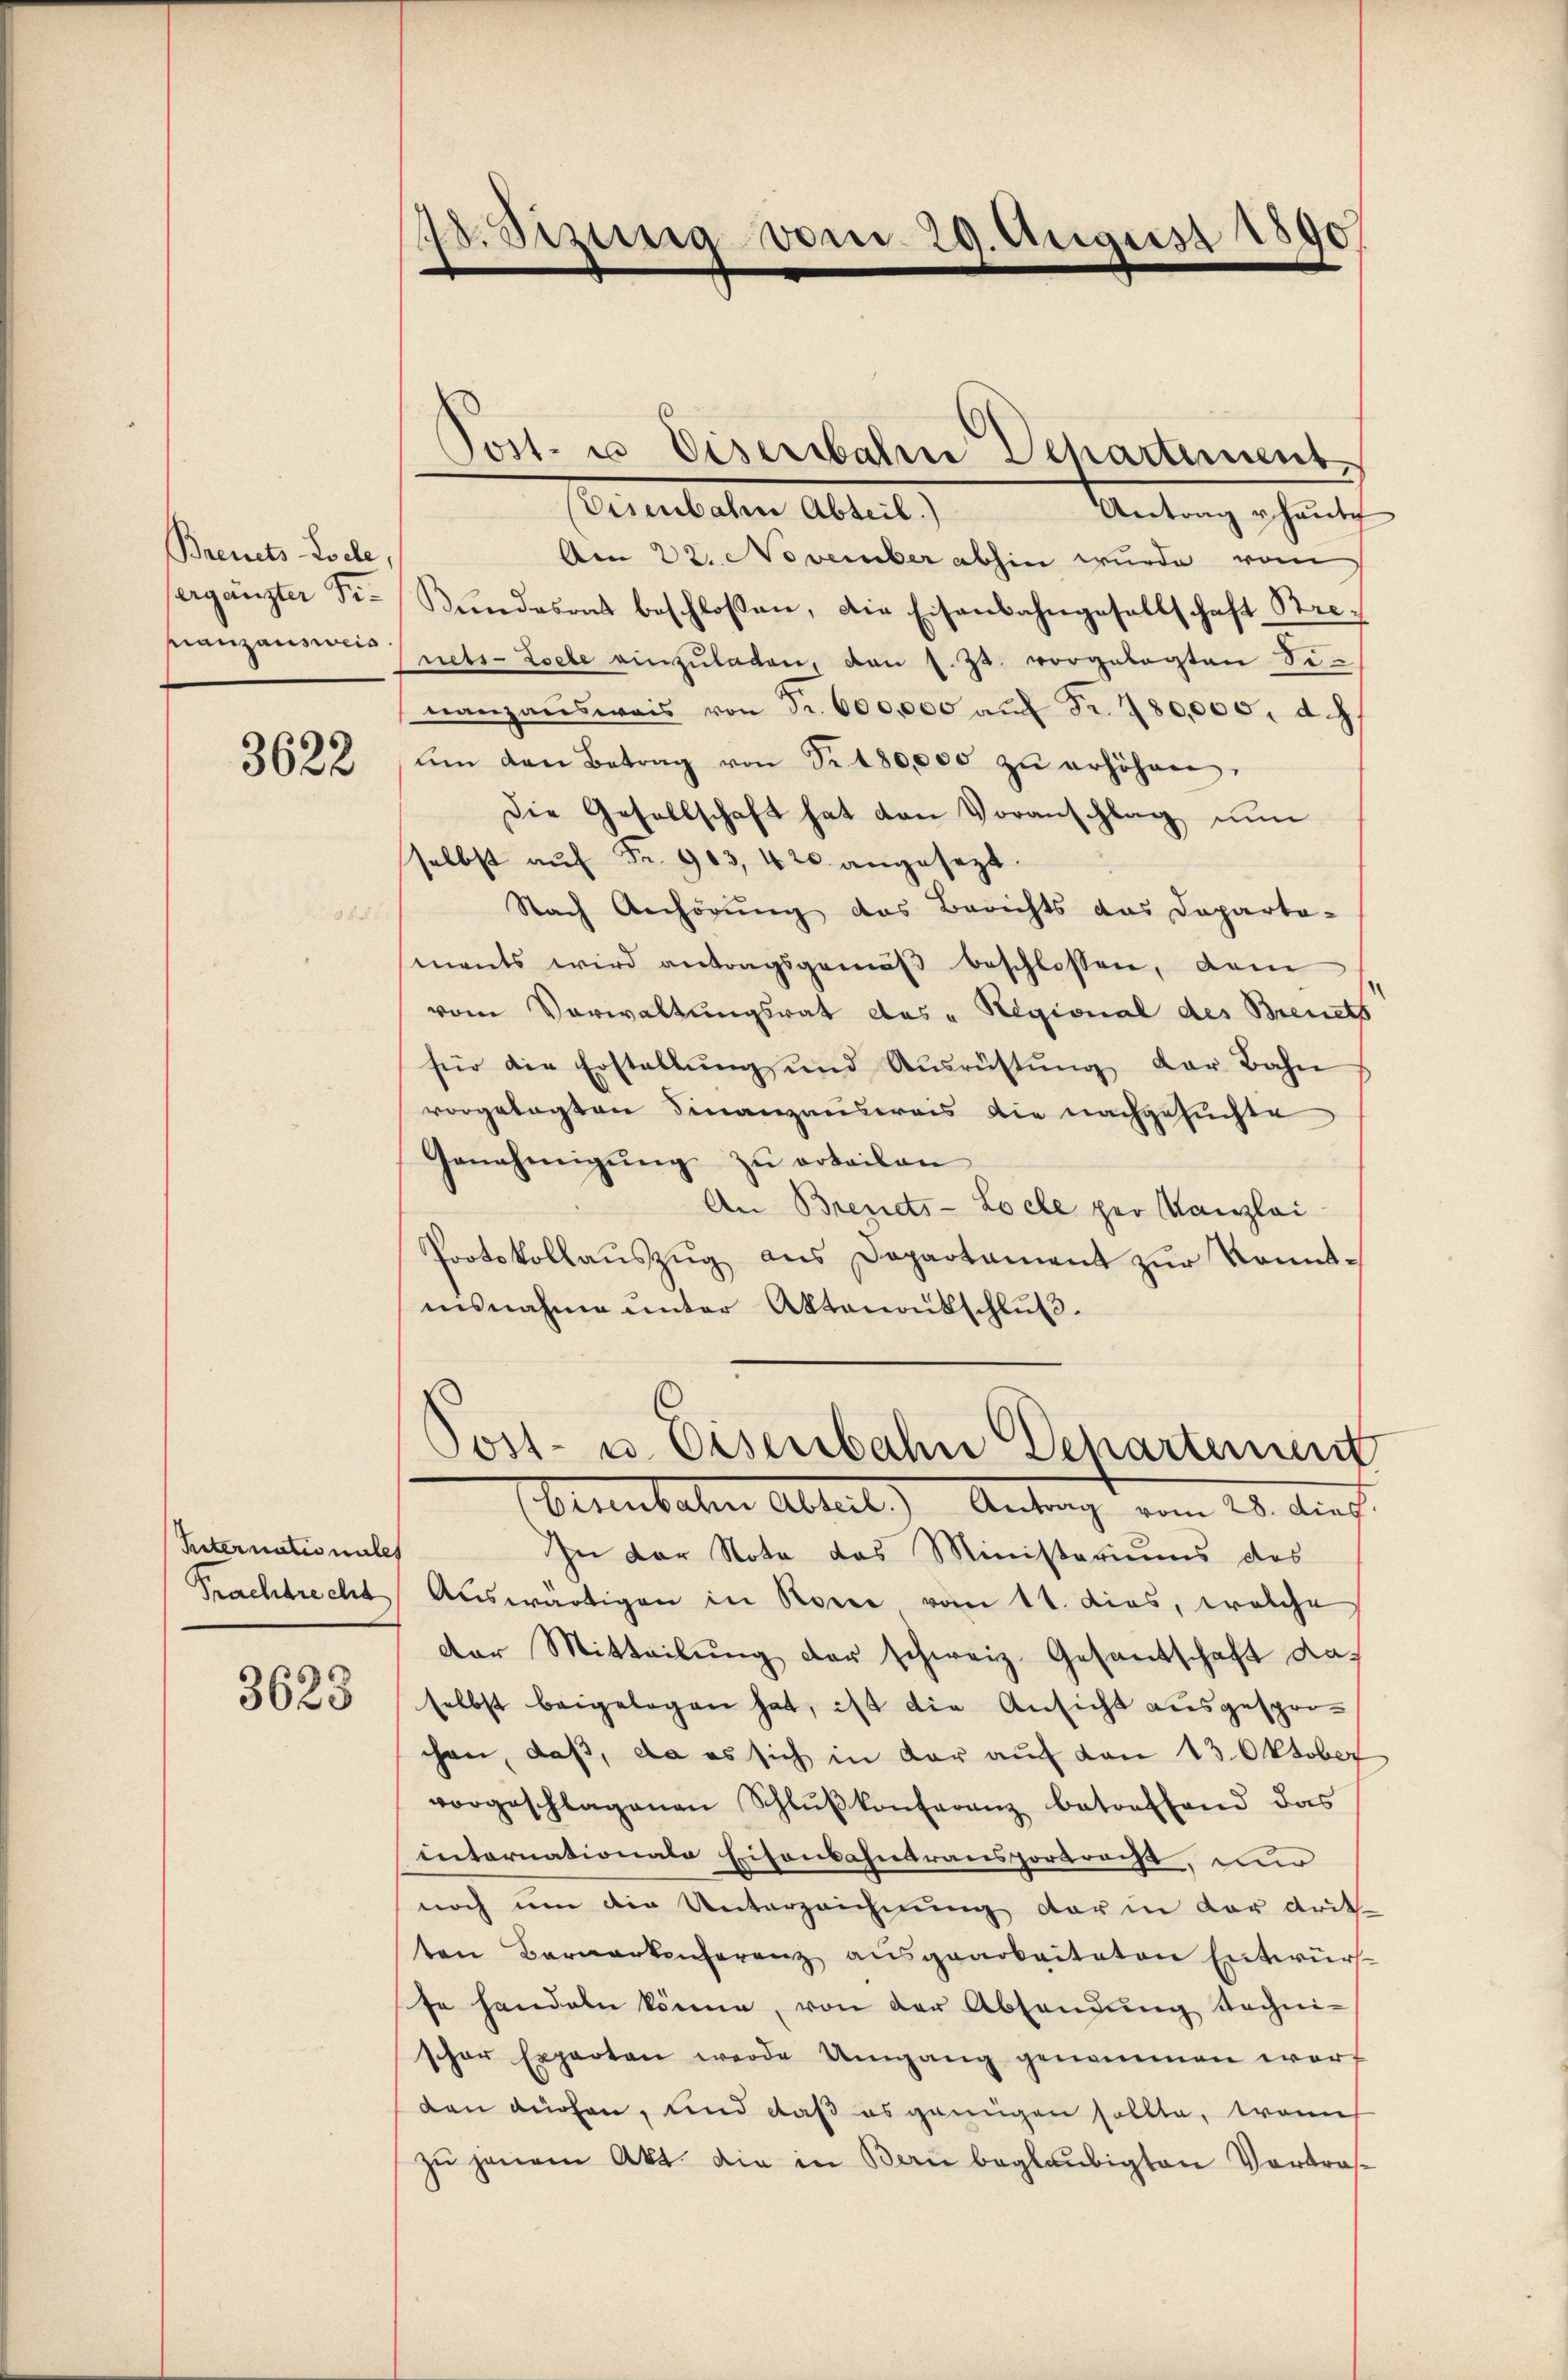
Breuets Loche,
ergänzter Fi¬
Lanzausweis

3622

d

Riternationales
Prachbrecht

3623

28. Sezurig vom 29. August 1890

Eisenbahn Abteil.)
Antrag u. heute
Am 22. November abhin wurde vom
Kŭndesrat beschloßen, die Eisenbahngesellschaft Brenets-Loele einzŭladen, den 1. 33. vorgelegten Se-
nanzausweis von Fr. 600,000 aŭf Fr. 780,000. d. J
ŭm den Betrag von Nr. 180,000 zŭ erhöhen.
Die Gesellschaft hat den Voranschlag nŭ
selbst aŭf Fr. 903, 420 angesezt.
Nach Anhörung das Berichts das Daparto-
ments wird antragsgemäβ beschlossen, dem
vom Verwaltungsrat des „Hegional des Brevets
für die Erstellŭng und Ausrüstŭng der Bahn
vorgelegten Finanzausweis die nachgesuchte
Genehmigŭng zŭ orteilen
An Brenets-Loche per Kanzlei
Protokollauszug aus Departament zur Kenntisnahme unter Aktenantschluß.
Post- u. Eisenbahn Departement
Ounbaten Abteil) Antrag vom 28. dies
In der Nota das Ministeriums des
Auswärtigen in Rosse vom 11. dies, welche
der Mitteilung der schweiz. Gesandschaft das
selbst beigelegen hat, ist die Ansicht ausgesprochen, daß, da es sich in der auf den 13. Oktober
vorgeschlagenen Schlŭβkonferenz betreffend das
internationale Eisenbahntransportracht, nur
noch um die Unterzeichnung der in der drit
ten Bernerkenferenz ausgearbeiteten Entwurf
te handeln könne, von der Absendung technischon Experten werde Umgang genommen wort
den dürfen, und daß es genügen sollte, wenn
zŭ jenem Akt. die in Bern beglaubigten Vortra-

8
Post- u Eisenbahne Departement